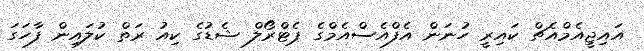
އައިޖީއެމްއެޗް ކައިރީ ހުނަން އެފްއެސްއެމްގެ ޕެޓްރޯލް ޝެޑުގެ ކިއު ރަތް ކުލައިން ފާހަގަ